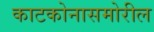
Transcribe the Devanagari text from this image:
काटकोनासमोरील